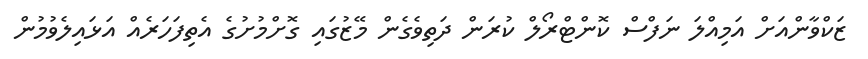
ޒަކްވާންއަށް އަމިއްލަ ނަފްސް ކޮންޓްރޯލް ކުރަން ދަތިވެގެން މޭޒުގައި ގޮށްމުށުގެ އެތިފަހަރެއް އަޅައިލެވުމުން